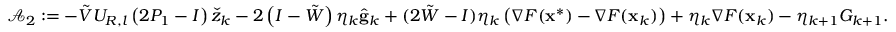
\mathcal { A } _ { 2 } : = - \tilde { V } U _ { R , l } \left( 2 P _ { 1 } - I \right) \check { z } _ { k } - 2 \left( I - \tilde { W } \right) \eta _ { k } \hat { \mathbf { g } } _ { k } + ( 2 \tilde { W } - I ) \eta _ { k } \left( \nabla F ( \mathbf { x } ^ { * } ) - \nabla F ( \mathbf { x } _ { k } ) \right) + \eta _ { k } \nabla F ( \mathbf { x } _ { k } ) - \eta _ { k + 1 } G _ { k + 1 } .